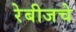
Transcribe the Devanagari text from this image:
रेबीजचे